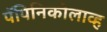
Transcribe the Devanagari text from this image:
पॅपिनिकोलाव्ह